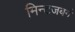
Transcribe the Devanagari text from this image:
मिन्टजबर्ग